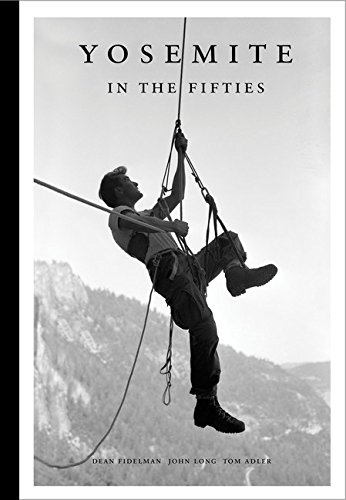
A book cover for Yosemite in the Fifties: The Iron Age; Arts & Photography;